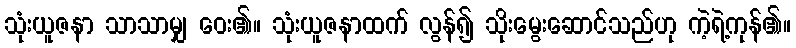
သုံးယူဇနာ သာသာမျှ ဝေး၏။ သုံးယူဇနာထက် လွန်၍ သိုးမွေးဆောင်သည်ဟု ကဲ့ရဲ့ကုန်၏။